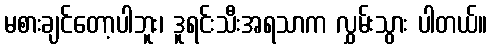
မစားချင်တော့ပါဘူး၊ ဒူရင်းသီးအရသာက လွှမ်းသွား ပါတယ်။